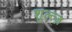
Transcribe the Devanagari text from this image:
शुल्त्ज़